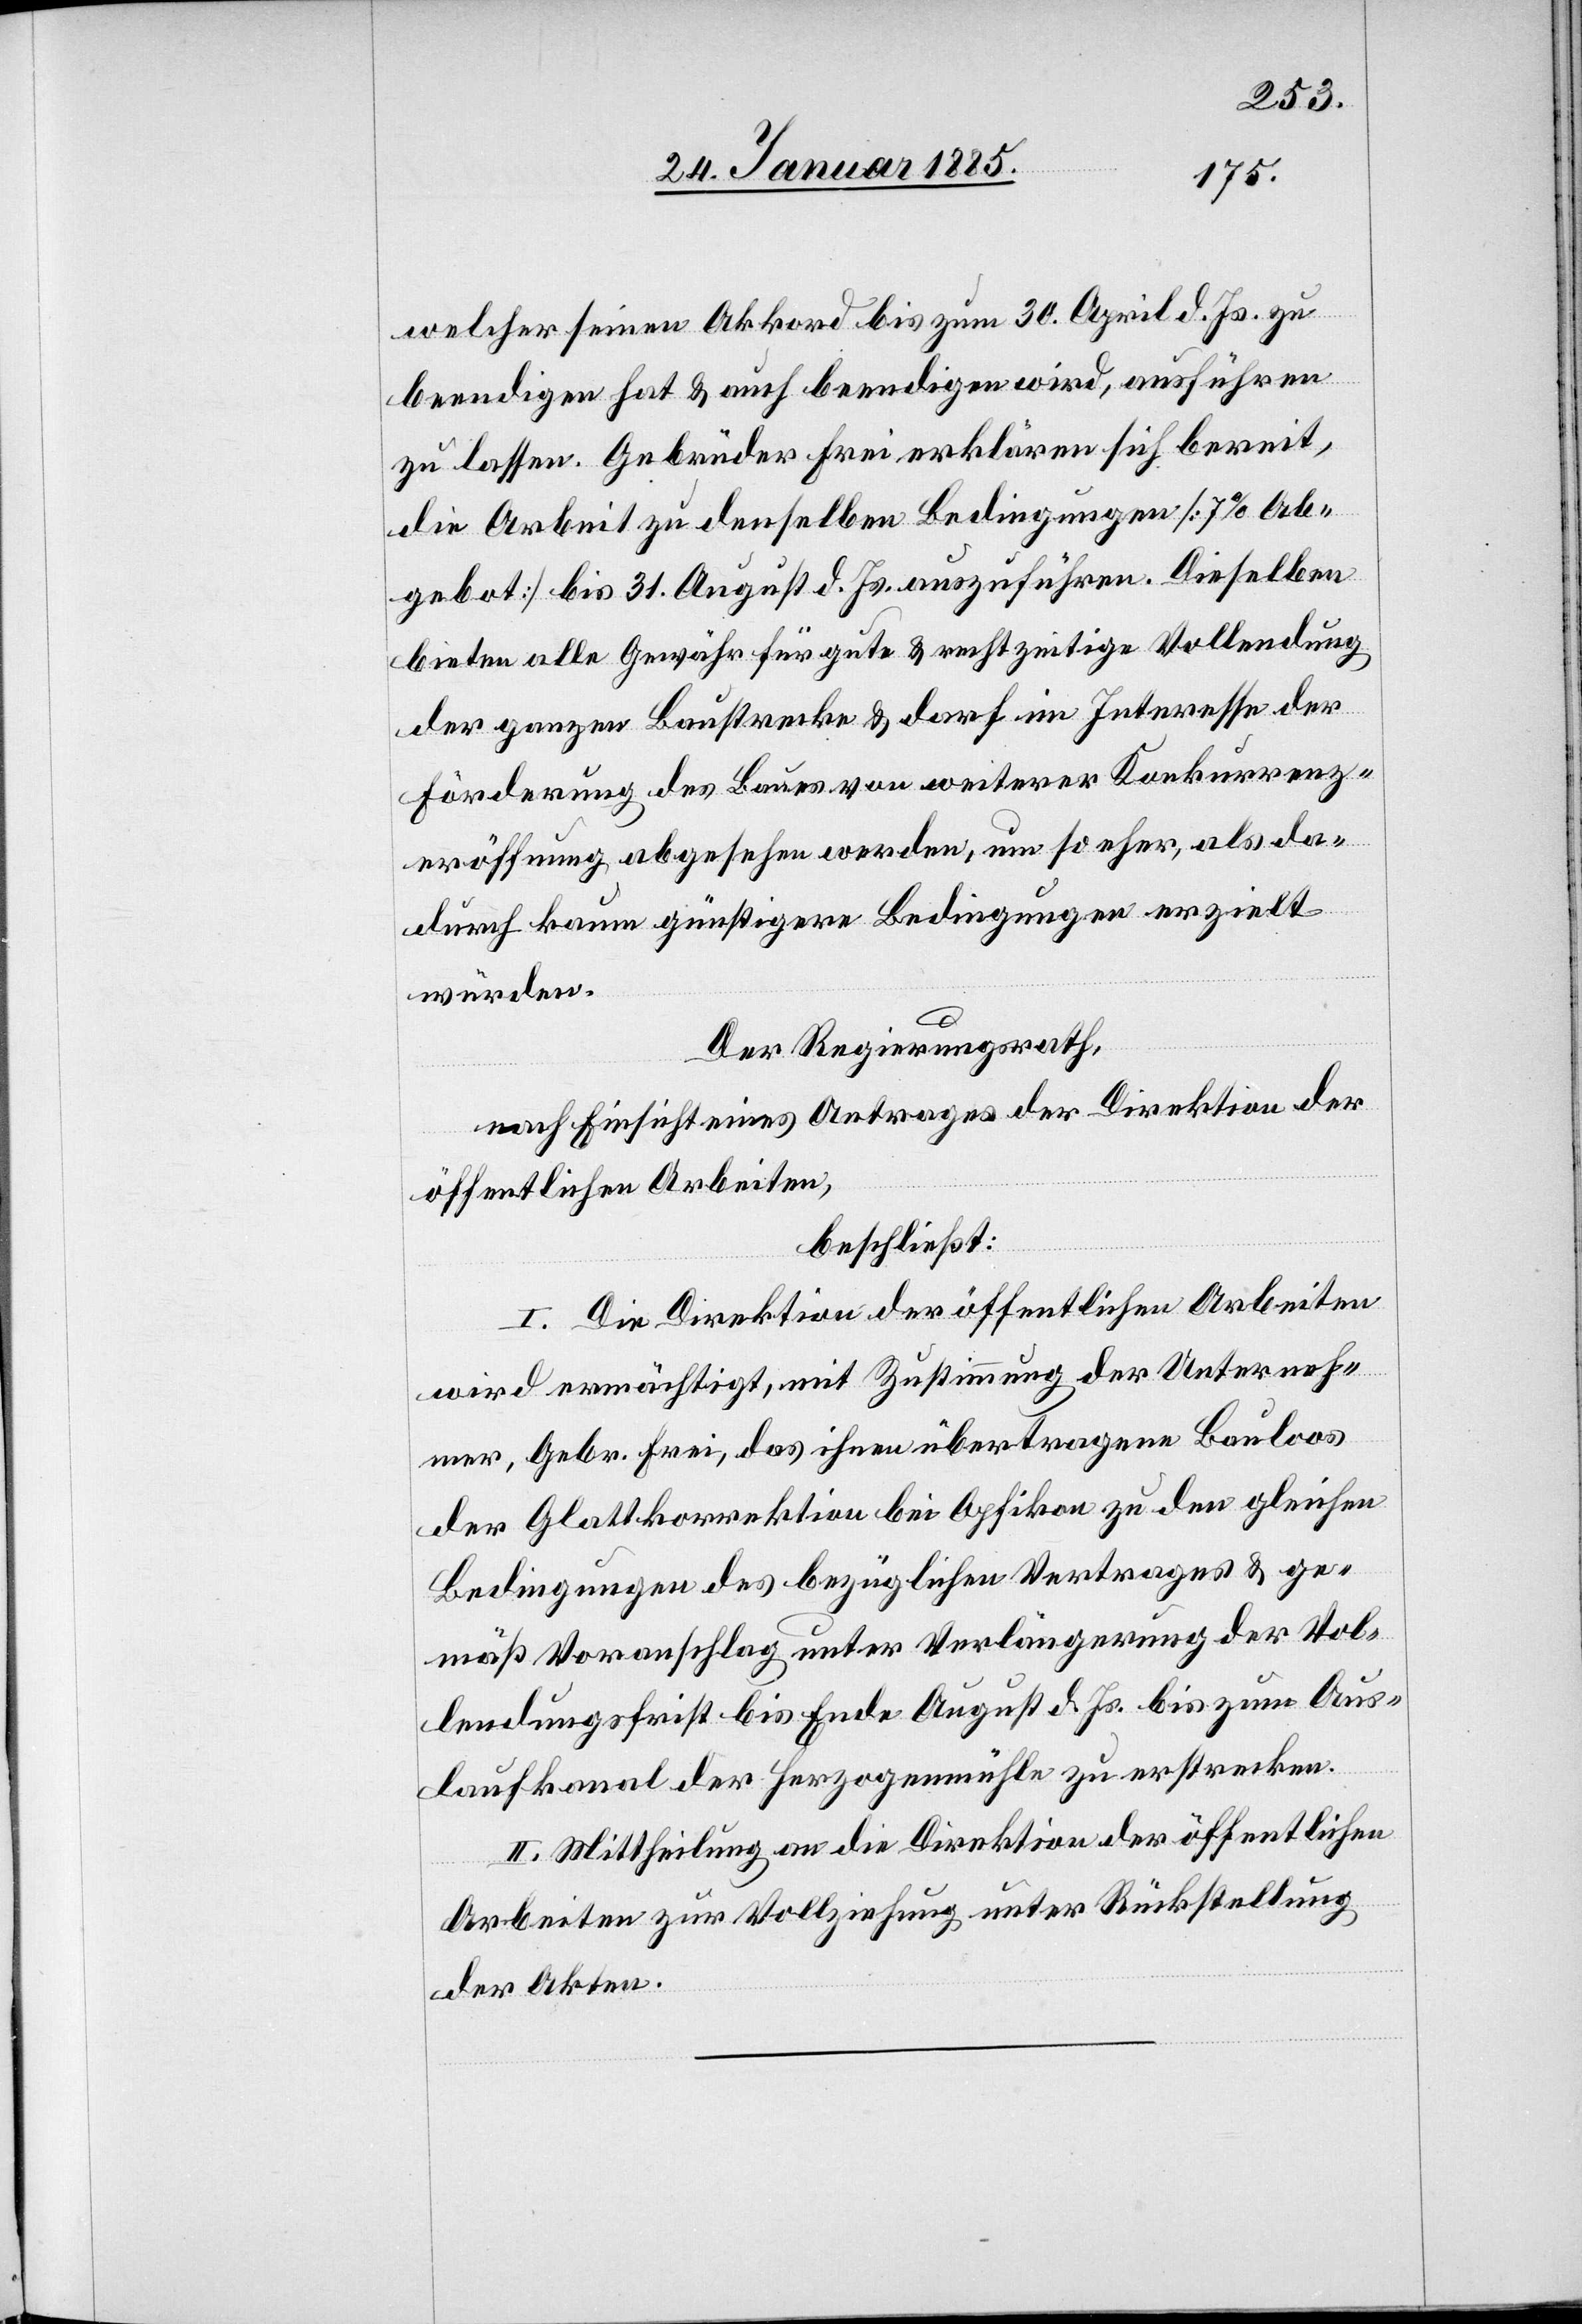
welcher seinen Akkord bis zum 30 April d. Js. zu
beendigen hat & auch beendigen wird, ausführen
zu lassen. Gebrüder Erni erklären sich bereit,
die Arbeit zu denselben Bedingungen [7% Ab¬
gebot] bis 31. August d. Js. auszuführen. Dieselben
bieten alle Gewähr für gute & rechtzeitige Vollendung
der ganzen Baustrecke & darf im Interesse der
Förderung des Baues von weiterer Konkurrenz¬
eröffnung abgesehen werden, um so eher, als da¬
durch kaum günstigere Bedingungen erzielt
würden.
Der Regierungsrath,
nach Einsicht eines Antrages der Direktion der
öffentlichen Arbeiten,
beschließt:
I. Die Direktion der öffentlichen Arbeiten
wird ermächtigt, mit Zustimmung der Unterneh¬
mer, Gebr. Erni, das ihnen übertragene Bauloos
der Glattkorrektion bei Opfikon zu den gleichen
Bedingungen des bezüglichen Vertrages & ge¬
mäß Voranschlag unter Verlängerung der Vol¬
lendungsfrist bis Ende August d. Js. bis zum Aus¬
laufkanal der Herzogenmühle zu erstrecken.
II. Mittheilung an die Direktion der öffentlichen
Arbeiten zur Vollziehung unter Rückstellung
der Akten.